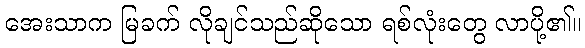
အေးသာက မြခက် လိုချင်သည်ဆိုသော ရစ်လုံးတွေ လာပို့၏။